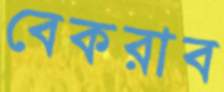
বেকরাব